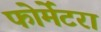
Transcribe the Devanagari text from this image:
फोर्मेंटरा